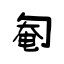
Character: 匎